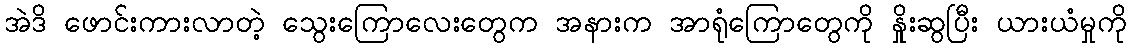
အဲဒိ ဖောင်းကားလာတဲ့ သွေးကြောလေးတွေက အနားက အာရုံကြောတွေကို နှိုးဆွပြီး ယားယံမှုကို